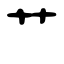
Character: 艹